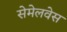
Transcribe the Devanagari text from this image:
सेमेलवेस